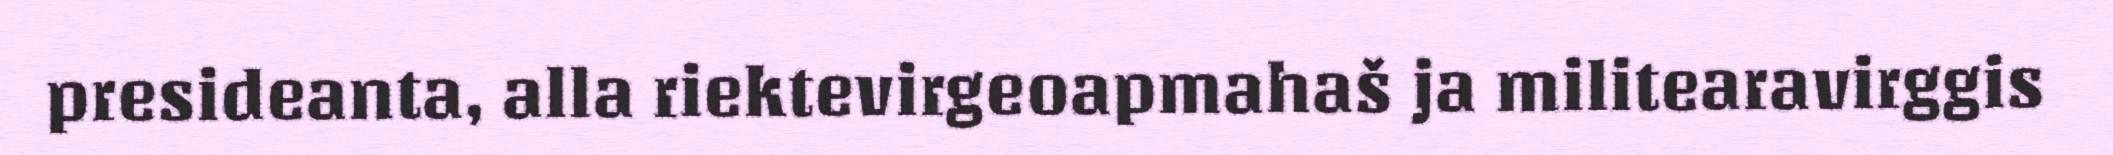
presideanta, alla riektevirgeoapmahaš ja militearavirggis